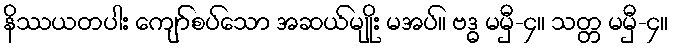
နိဿယတပါး ကျော်စပ်သော အဆယ်မျိုး မအပ်။ ဗဒ္ဓ မမှီ-၄။ သတ္တ မမှီ-၄။